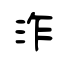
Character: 泎